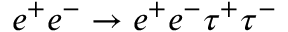
e ^ { + } e ^ { - } \to e ^ { + } e ^ { - } \tau ^ { + } \tau ^ { - }